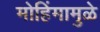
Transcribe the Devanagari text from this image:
मोहिंमामुळे